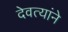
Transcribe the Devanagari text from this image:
देवत्यांने